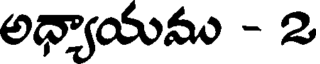
అధ్యాయము - 2